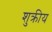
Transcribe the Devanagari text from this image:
शुक्रीय